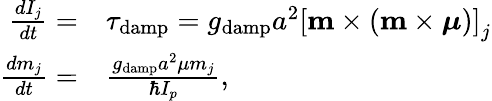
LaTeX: \begin{array}{rl}{\frac{dI_{j}}{dt}=}&{\tau_{\mathrm{damp}}=g_{\mathrm{damp}}a^{2}\left[\mathbf{m}\times\left(\mathbf{m}\times\boldsymbol{\mu}\right)\right]_{j}}\\ {\frac{dm_{j}}{dt}=}&{\frac{g_{\mathrm{damp}}a^{2}\mu m_{j}}{\hbar I_{p}},}\end{array}